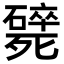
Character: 𣩸